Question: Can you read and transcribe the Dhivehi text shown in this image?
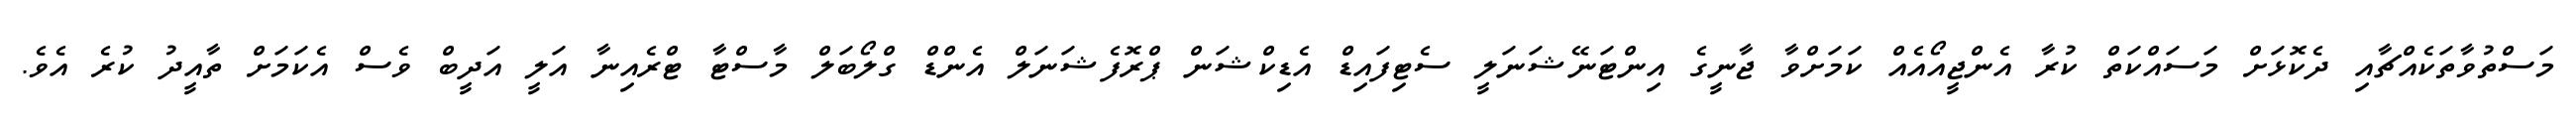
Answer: މަސްތުވާތަކެއްޗާއި ދެކޮޅަށް މަސައްކަތް ކުރާ އެންޖީއޯއެއް ކަމަށްވާ ޖާނީގެ އިންޓަނޭޝަނަލީ ސެޓިފައިޑް އެޑިކްޝަން ޕްރޮފެޝަނަލް އެންޑް ގްލޯބަލް މާސްޓާ ޓްރެއިނާ އަލީ އަދީބް ވެސް އެކަމަށް ތާއީދު ކުރެ އެވެ.